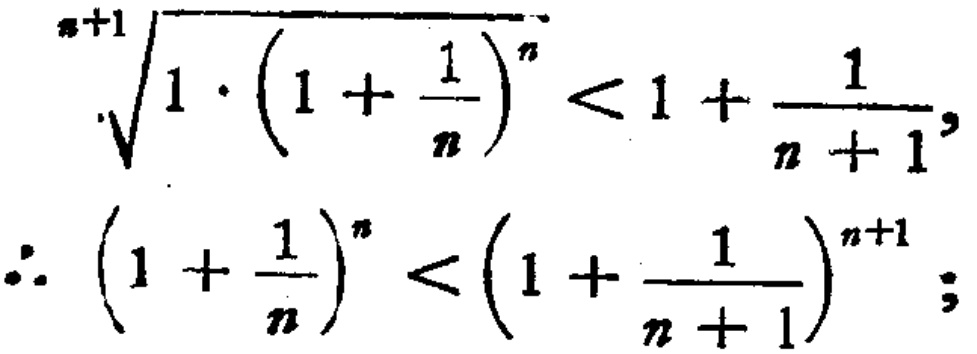
\[\begin{align*}

\sqrt[n + 1]{1\cdot\left(1 + \frac{1}{n}\right)^n}&<1+\frac{1}{n + 1},\\

\therefore\left(1 + \frac{1}{n}\right)^n&<\left(1+\frac{1}{n + 1}\right)^{n + 1};

\end{align*}\]